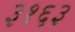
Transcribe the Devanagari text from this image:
३१६३